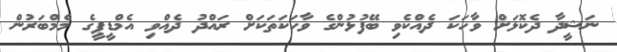
ނަޝީދާ ދެކޮޅަށް ވާހަކަ ދެއްކެވި ބޭފުޅުންގެ ވާހަކަތަކަށް ރައްދު ދެއްވި އެމްޑީޕީގެ މެމްބަރުން